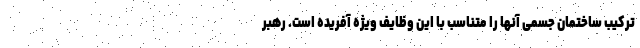
ترکیب ساختمان جسمی آنها را متناسب با این وظایف ویژه آفریده است. رهبر